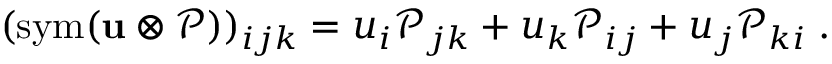
( \operatorname { s y m } ( \mathbf { u } \otimes \mathcal { P } ) ) _ { i j k } = u _ { i } \mathcal { P } _ { j k } + u _ { k } \mathcal { P } _ { i j } + u _ { j } \mathcal { P } _ { k i } \; .